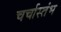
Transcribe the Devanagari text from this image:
चर्चास्तंभ